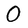
Character: O